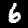
Digit: 6